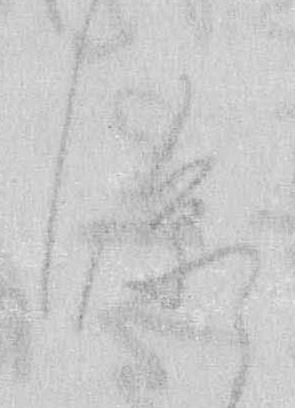
臨